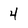
Character: 4